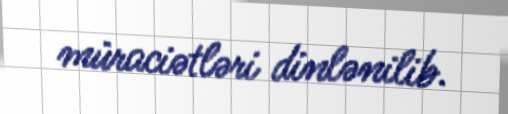
müraciətləri dinlənilib.